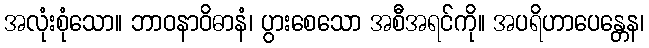
အလုံးစုံသော။ ဘာဝနာဝိဓာနံ၊ ပွားစေသော အစီအရင်ကို။ အပရိဟာပေန္တေန၊